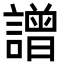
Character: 譄